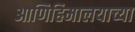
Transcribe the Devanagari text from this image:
आणिहिमालयाच्या